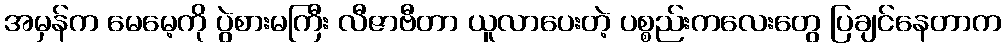
အမှန်က မေမေ့ကို ပွဲစားမကြီး လီဇာဗီတာ ယူလာပေးတဲ့ ပစ္စည်းကလေးတွေ ပြချင်နေတာက